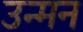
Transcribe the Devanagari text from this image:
उन्मन